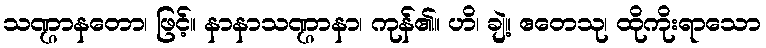
သဏ္ဌာနတော၊ ဖြင့်။ နာနာသဏ္ဌာနာ၊ ကုန်၏။ ဟိ၊ ချဲ့။ ဧတေသု၊ ထိုကိုးရာသော